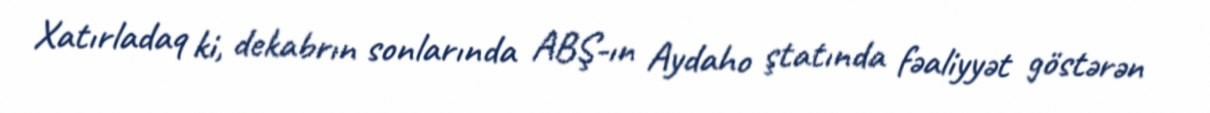
Xatırladaq ki, dekabrın sonlarında ABŞ-ın Aydaho ştatında fəaliyyət göstərən